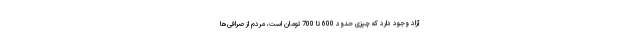
آزاد وجود دارد که چیزی حدود 600 تا 700 تومان است، مردم از صرافی‌ها